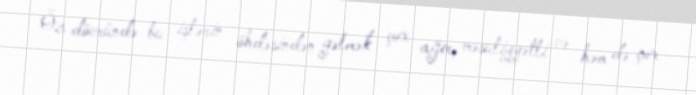
Öz dövründə bu işlərin öhdəsindən gəlmək çox ağır, məsuliyyətli və həm də çox